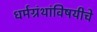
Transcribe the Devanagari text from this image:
धर्मग्रंथांविषयीचे